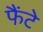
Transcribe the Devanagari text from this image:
फैंटे